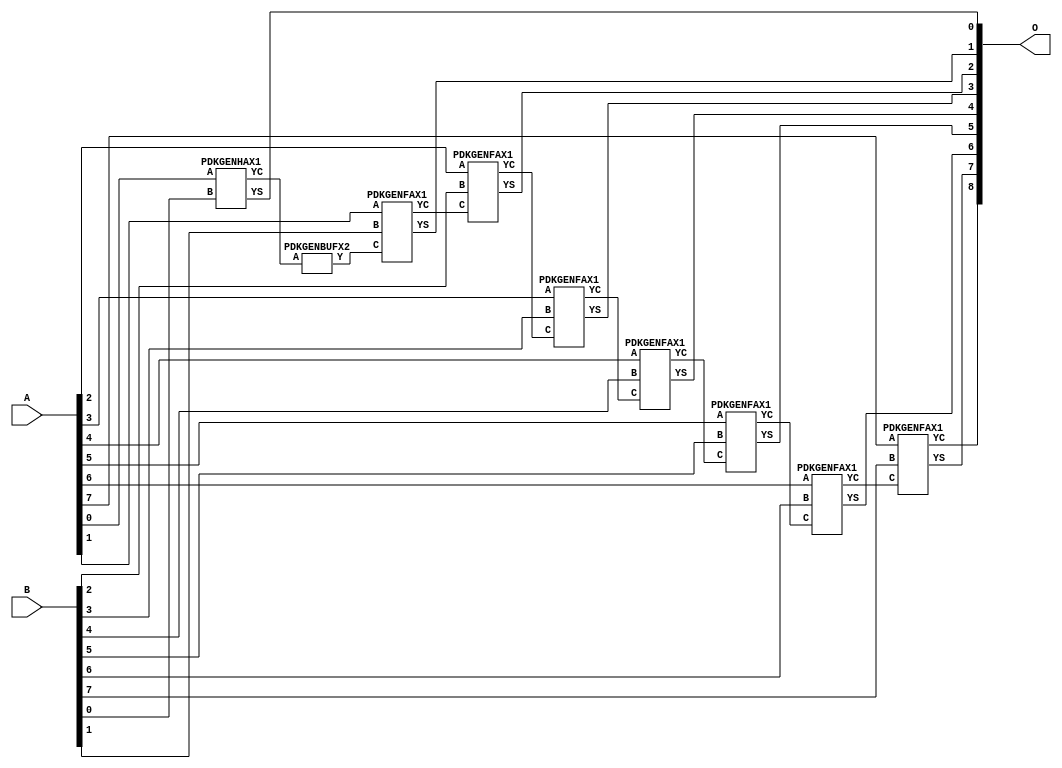
// Library = EvoApprox8b
// Circuit = add8_293
// Area   (180) = 944
// Delay  (180) = 1.730
// Power  (180) = 346.20
// Area   (45) = 69
// Delay  (45) = 0.660
// Power  (45) = 33.39
// Nodes = 9
// HD = 0
// MAE = 0.00000
// MSE = 0.00000
// MRE = 0.00 %
// WCE = 0
// WCRE = 0 %
// EP = 0.0 %

module add8_293(A, B, O);
  input [7:0] A;
  input [7:0] B;
  output [8:0] O;
  wire [2031:0] N;

  assign N[0] = A[0];
  assign N[1] = A[0];
  assign N[2] = A[1];
  assign N[3] = A[1];
  assign N[4] = A[2];
  assign N[5] = A[2];
  assign N[6] = A[3];
  assign N[7] = A[3];
  assign N[8] = A[4];
  assign N[9] = A[4];
  assign N[10] = A[5];
  assign N[11] = A[5];
  assign N[12] = A[6];
  assign N[13] = A[6];
  assign N[14] = A[7];
  assign N[15] = A[7];
  assign N[16] = B[0];
  assign N[17] = B[0];
  assign N[18] = B[1];
  assign N[19] = B[1];
  assign N[20] = B[2];
  assign N[21] = B[2];
  assign N[22] = B[3];
  assign N[23] = B[3];
  assign N[24] = B[4];
  assign N[25] = B[4];
  assign N[26] = B[5];
  assign N[27] = B[5];
  assign N[28] = B[6];
  assign N[29] = B[6];
  assign N[30] = B[7];
  assign N[31] = B[7];

  PDKGENHAX1 n76(.A(N[0]), .B(N[16]), .YS(N[76]), .YC(N[77]));
  PDKGENBUFX2 n78(.A(N[77]), .Y(N[78]));
  assign N[79] = N[78];
  PDKGENFAX1 n82(.A(N[2]), .B(N[18]), .C(N[79]), .YS(N[82]), .YC(N[83]));
  PDKGENFAX1 n132(.A(N[4]), .B(N[20]), .C(N[83]), .YS(N[132]), .YC(N[133]));
  PDKGENFAX1 n182(.A(N[6]), .B(N[22]), .C(N[133]), .YS(N[182]), .YC(N[183]));
  PDKGENFAX1 n232(.A(N[8]), .B(N[24]), .C(N[183]), .YS(N[232]), .YC(N[233]));
  PDKGENFAX1 n282(.A(N[10]), .B(N[26]), .C(N[233]), .YS(N[282]), .YC(N[283]));
  PDKGENFAX1 n332(.A(N[12]), .B(N[28]), .C(N[283]), .YS(N[332]), .YC(N[333]));
  PDKGENFAX1 n382(.A(N[14]), .B(N[30]), .C(N[333]), .YS(N[382]), .YC(N[383]));

  assign O[0] = N[76];
  assign O[1] = N[82];
  assign O[2] = N[132];
  assign O[3] = N[182];
  assign O[4] = N[232];
  assign O[5] = N[282];
  assign O[6] = N[332];
  assign O[7] = N[382];
  assign O[8] = N[383];

endmodule
/* mod */
module PDKGENHAX1( input A, input B, output YS, output YC );
    assign YS = A ^ B;
    assign YC = A & B;
endmodule
/* mod */
module PDKGENFAX1( input A, input B, input C, output YS, output YC );
    assign YS = (A ^ B) ^ C;
    assign YC = (A & B) | (B & C) | (A & C);
endmodule
/* mod */
module PDKGENBUFX2(input A, output Y );
     assign Y = A;
endmodule